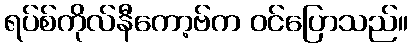
ရပ်စ်ကိုလ်နီကော့ဗ်က ဝင်ပြောသည်။